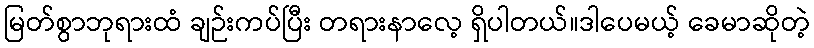
မြတ်စွာဘုရားထံ ချဉ်းကပ်ပြီး တရားနာလေ့ ရှိပါတယ်။ဒါပေမယ့် ခေမာဆိုတဲ့